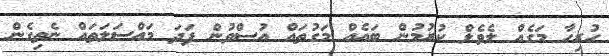
ހުރިހާ މަގެއް ލެވެލް ކުރުމުން ބައެއް މަގުތައް އުސްވުން ފަދަ މައްސަލަތައް ނެތިގެން